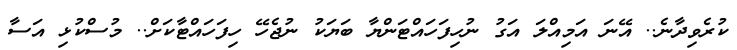
ކުރެވިދާނެ.. އޭނަ އަމިއްލަ އަގު ނުހިފަހައްޓަންޔާ ބަޔަކު ނުޖެހޭ ހިފަހައްޓާކަށް.. މުސްކުޅި އަސާ